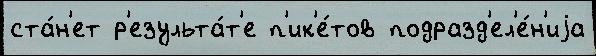
ста́н'ет р'езульта́т'е п'ик'е́тов подразд'ел'е́н'иjа